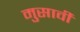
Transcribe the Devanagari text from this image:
मुसावी